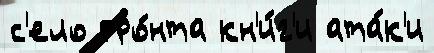
с'ело фро́нта кн'и́г'и ата́к'и